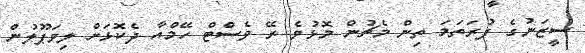
ސީޒަނުގެ ފުރަތަމަ ތިން މެޗުން މޮޅުވެ ރޭ ވެސްޓް ހޭމްއާ ދެކޮޅަށް ލިވަޕޫލުން